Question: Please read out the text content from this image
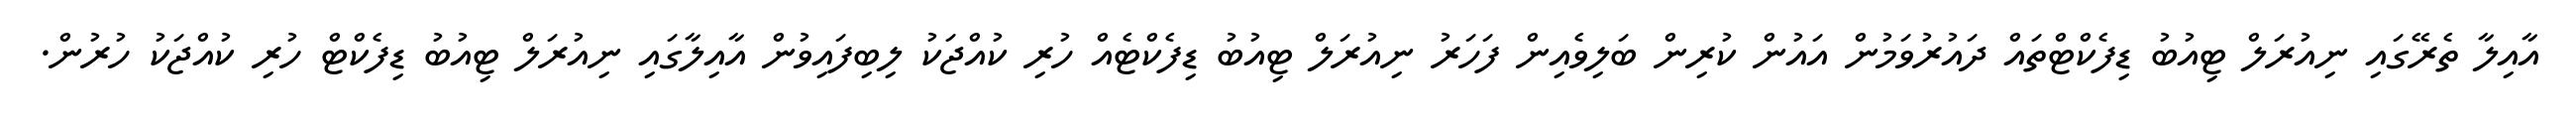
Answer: އާއިލާ ތެރޭގައި ނިއުރަލް ޓިއުބު ޑިފެކްޓްތައް ދައުރުވަމުން އައުން ކުރިން ބަލިވެއިން ފަހަރު ނިއުރަލް ޓިއުބު ޑިފެކްޓެއް ހުރި ކުއްޖަކު ލިބިފައިވުން އާއިލާގައި ނިއުރަލް ޓިއުބު ޑިފެކްޓް ހުރި ކުއްޖަކު ހުރުން.